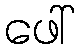
ဖေါ်